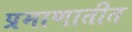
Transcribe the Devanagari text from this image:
प्रमाणातीत